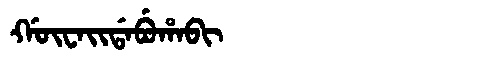
Manchu: ᡤᡡᠸᠠᡳᡩᠠᠪᡠᡥᠠᠪᡳ
Romanization: GŪWAIDABUHABI